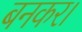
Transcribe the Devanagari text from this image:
बनकर।